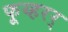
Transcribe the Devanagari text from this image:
फूय्हरर्